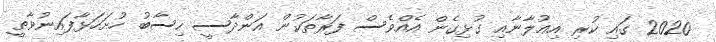
2020 ގައި ކުރި އިޢުލާނާއި ގުޅިގެން އެއްވެސް ފަރާތަކުން އަންދާސީ ހިސާބު ހުށަހަޅާފައިނުވާތީ